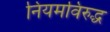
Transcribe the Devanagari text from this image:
नियमविरुद्ध